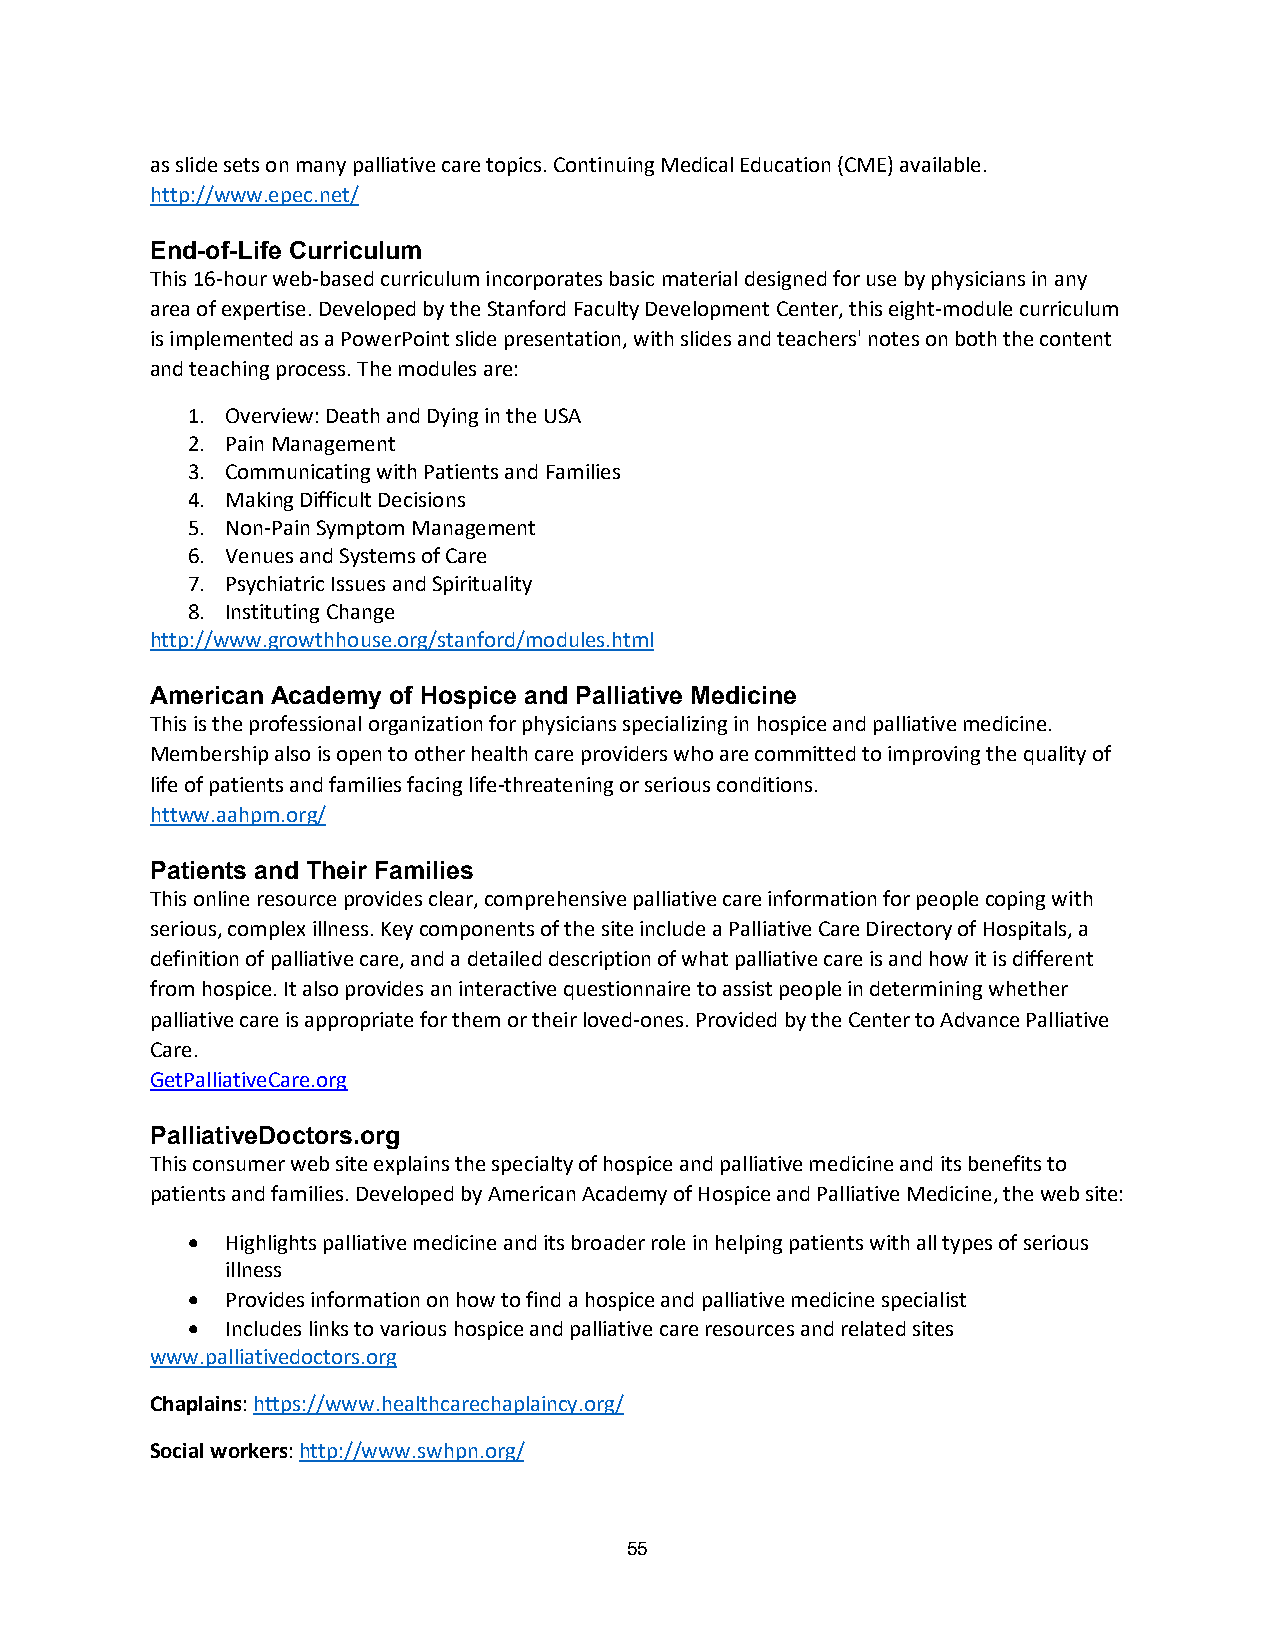
as slide sets on many palliative care topics. Continuing Medical Education (CME) available.
 http://www.epec.net/
 End-of-Life Curriculum
 This 16-hour web-based curriculum incorporates basic material designed for use by physicians in any
 area of expertise. Developed by the Stanford Faculty Development Center, this eight-module curriculum
 is implemented as a PowerPoint slide presentation, with slides and teachers' notes on both the content
 and teaching process. The modules are:
 1. Overview: Death and Dying in the USA
 2. Pain Management
 3. Communicating with Patients and Families
 4. Making Difficult Decisions
 5. Non-Pain Symptom Management
 6. Venues and Systems of Care
 7. Psychiatric Issues and Spirituality
 8. Instituting Change
 http://www.growthhouse.org/stanford/modules.html
 American Academy of Hospice and Palliative Medicine
 This is the professional organization for physicians specializing in hospice and palliative medicine.
 Membership also is open to other health care providers who are committed to improving the quality of
 life of patients and families facing life-threatening or serious conditions.
 httww.aahpm.org/
 Patients and Their Families
 This online resource provides clear, comprehensive palliative care information for people coping with
 serious, complex illness. Key components of the site include a Palliative Care Directory of Hospitals, a
 definition of palliative care, and a detailed description of what palliative care is and how it is different
 from hospice. It also provides an interactive questionnaire to assist people in determining whether
 palliative care is appropriate for them or their loved-ones. Provided by the Center to Advance Palliative
 Care.
 GetPalliativeCare.org
 PalliativeDoctors.org
 This consumer web site explains the specialty of hospice and palliative medicine and its benefits to
 patients and families. Developed by American Academy of Hospice and Palliative Medicine, the web site:
 •  Highlights palliative medicine and its broader role in helping patients with all types of serious
 illness
 •  Provides information on how to find a hospice and palliative medicine specialist
 •  Includes links to various hospice and palliative care resources and related sites
 www.palliativedoctors.org
 Chaplains: https://www.healthcarechaplaincy.org/
 Social workers: http://www.swhpn.org/
 55